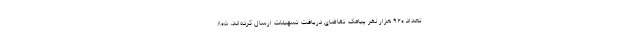
تعداد ۹۲۰ هزار نفر پیامک تقاضای دریافت تسهیلات ارسال کرده‌اند، ۸۰۵